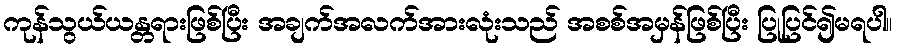
ကုန်သွယ်ယန္တရားဖြစ်ပြီး အချက်အလက်အားလုံးသည် အစစ်အမှန်ဖြစ်ပြီး ပြုပြင်၍မရပါ။